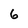
Character: 6